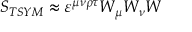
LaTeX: { \cal S } _ { T S Y M } \approx \varepsilon ^ { \mu \nu \rho \tau } { \cal W } _ { \mu } { \cal W } _ { \nu } { \cal W }